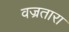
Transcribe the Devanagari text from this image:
वज्रतारा